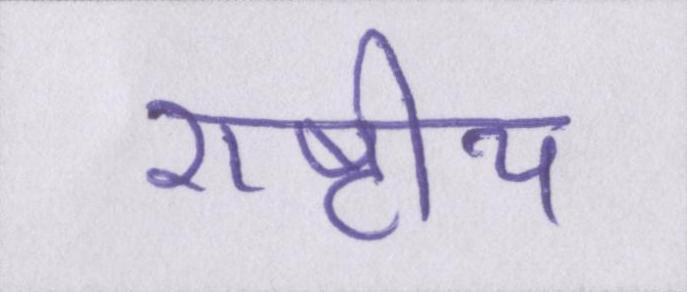
राष्टीय